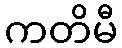
ကတိမီ